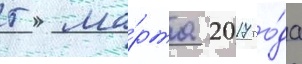
5 ма́рта 2017 го́да